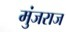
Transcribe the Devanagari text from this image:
मुंजराज